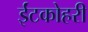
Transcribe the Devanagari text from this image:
ईंटकोहरी